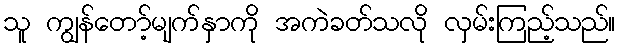
သူ ကျွန်တော့်မျက်နှာကို အကဲခတ်သလို လှမ်းကြည့်သည်။